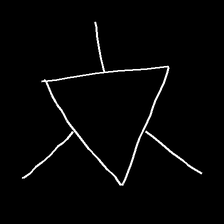
Glyph: fire